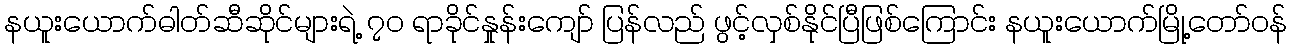
နယူးယောက်ဓါတ်ဆီဆိုင်များရဲ့ ၇၀ ရာခိုင်နှုန်းကျော် ပြန်လည် ဖွင့်လှစ်နိုင်ပြီဖြစ်ကြောင်း နယူးယောက်မြို့တော်ဝန်